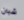
شبان